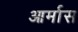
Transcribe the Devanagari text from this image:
आर्मास